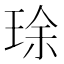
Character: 㻌